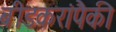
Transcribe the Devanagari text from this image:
बीडकरांपैकी